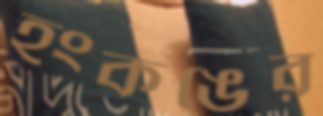
হংকঙের